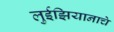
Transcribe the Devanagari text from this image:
लुईझियानाचे